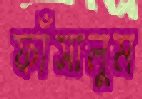
ফাঁসালুম